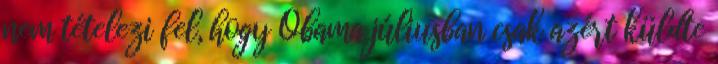
nem tételezi fel, hogy Obama júliusban csak azért küldte